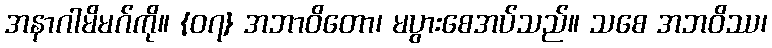
အနာဂါမိမဂ်ကို။ {၀၇} အဘာဝိတော၊ မပွားစေအပ်သည်။ သစေ အဘဝိဿ၊